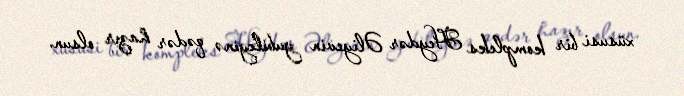
xüsusi bir kompleks Heydər Əliyevin yubileyinə qədər hazır olsun.